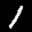
Label: 1